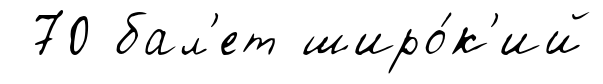
70 бал'ет широ́к'ий